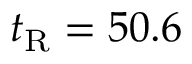
t _ { \mathrm { R } } = 5 0 . 6